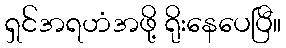
ရှင်အရဟံအဖို့ ရိုးနေပေပြီ။